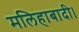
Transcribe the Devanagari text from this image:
मलिहाबादी।